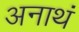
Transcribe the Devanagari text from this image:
अनाथं